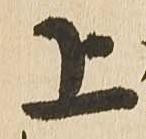
上